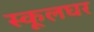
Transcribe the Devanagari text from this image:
स्कूलघर